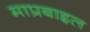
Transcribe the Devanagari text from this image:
माप्रबाइल